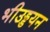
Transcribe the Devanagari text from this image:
भीउड्डयन